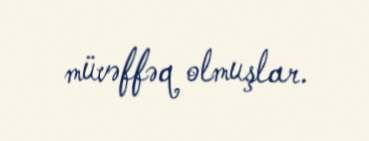
müvəffəq olmuşlar.